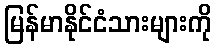
မြန်မာနိုင်ငံသားများကို